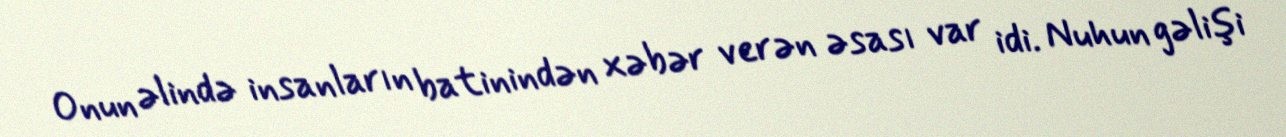
Onun əlində insanların batinindən xəbər verən əsası var idi. Nuhun gəlişi